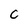
Character: C